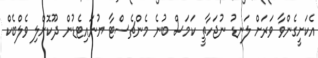
އެކަށީގެންވާ ވަރަށް ލަނޑު ނުޖަހާތީ ކަމަސް ބުނެ މެންޗެސްޓާ ޔުނައިޓެޑުން ދޫކޮށްލި ވެލްބެކް